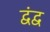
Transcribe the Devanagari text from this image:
द्‍वंद्‍व